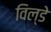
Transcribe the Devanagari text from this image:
विल्डे